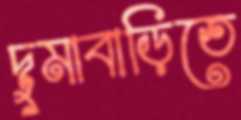
দুমাবাড়িতে